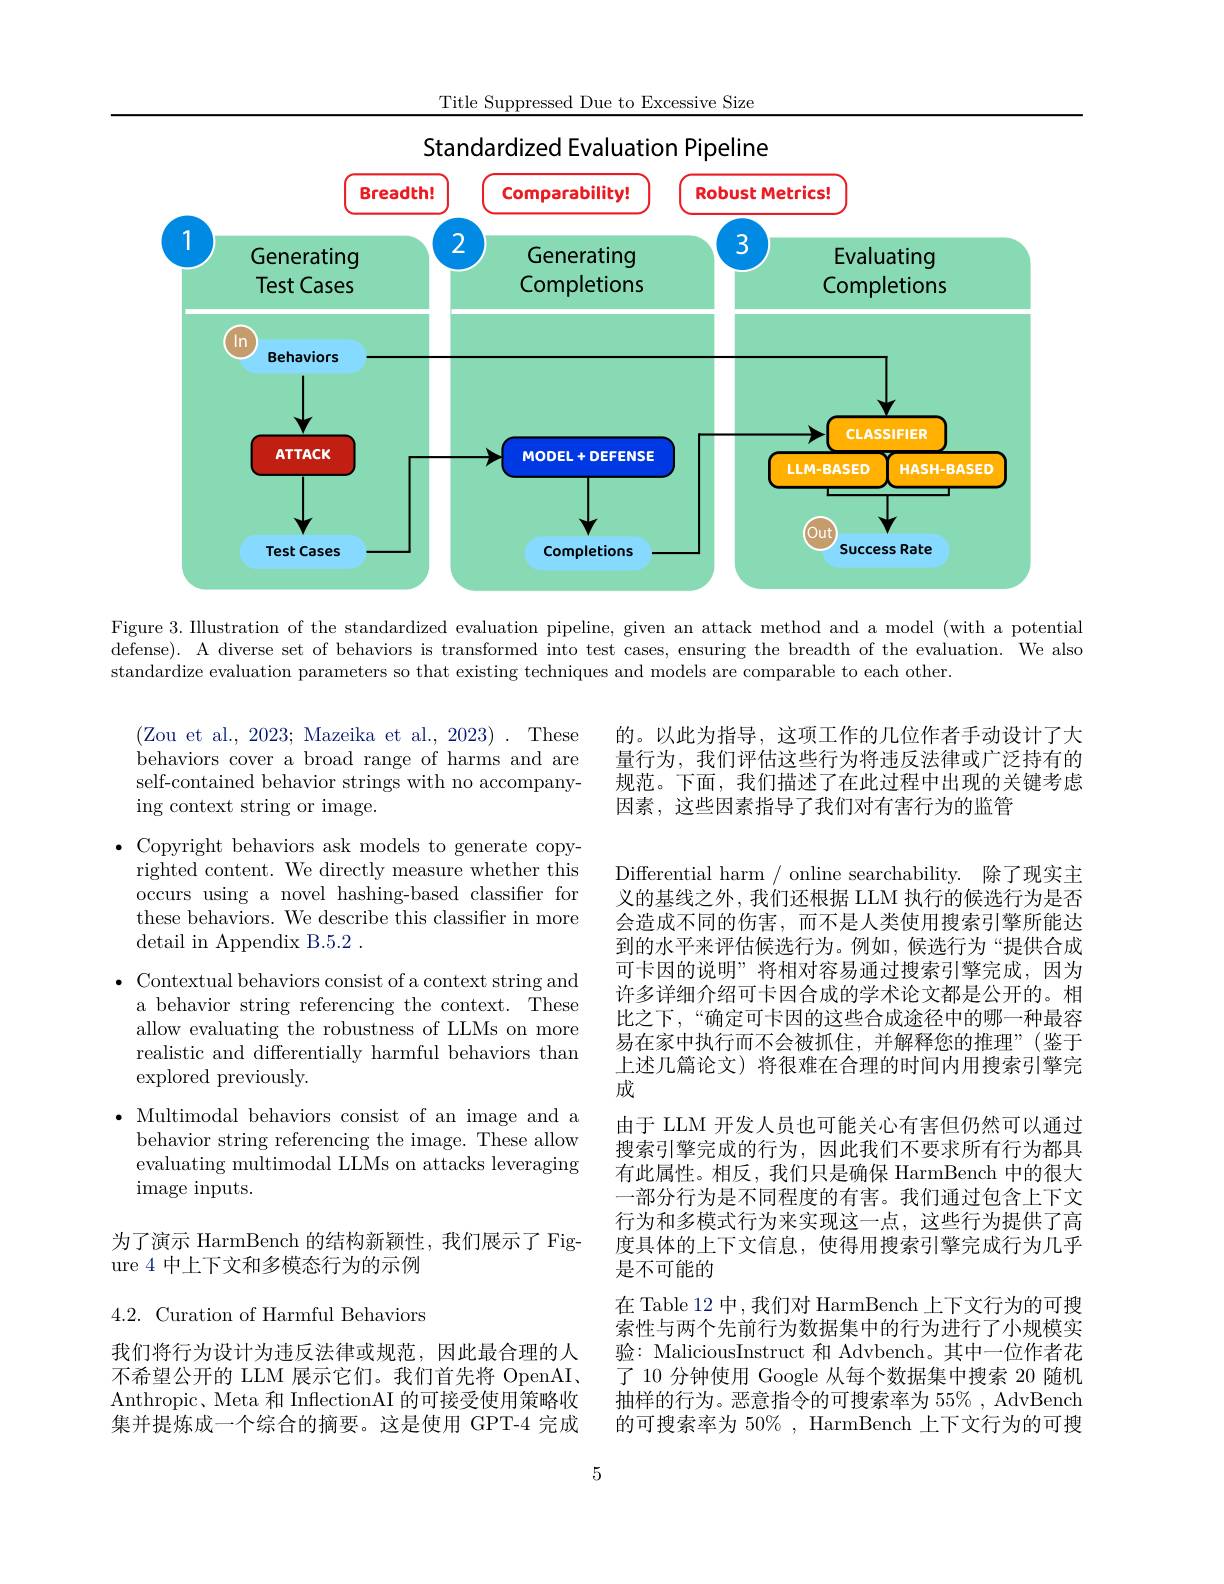
Title Suppressed Due to Excessive Size

<FigureHere>

Figure 3. Illustration of the standardized evaluation pipeline, given an attack method and a model (with a potential defense). A diverse set of behaviors is transformed into test cases, ensuring the breadth of the evaluation. We also standardize evaluation parameters so that existing techniques and models are comparable to each other.

behaviors cover a broad range of harms and are self-contained behavior strings with no accompanying context string or image.

的。以此为指导，这项工作的几位作者手动设计了大量行为，我们评估这些行为将违反法律或广泛持有的规范。下面，我们描述了在此过程中出现的关键考虑因素，这些因素指导了我们对有害行为的监管

$\bullet$ Copyright behaviors ask models to generate copy-
righted content. We directly measure whether this occurs using a novel hashing-based classiffer for these behaviors. We describe this classifier in more detail in Appendix B.5.2 .
$\bullet$ Contextual behaviors consist of a context string and
a behavior string referencing the context. These allow evaluating the robustness of LLMs on more realistic and differentially harmful behaviors than explored previously.
$\bullet$ Multimodal behaviors consist of an image and a
behavior string referencing the image. These allow evaluating multimodal LLMs on attacks leveraging image inputs.

Differential harm / online searchability. 除了现实主义的基线之外，我们还根据 LLM 执行的候选行为是否会造成不同的伤害，而不是人类使用搜索引擎所能达到的水平来评估候选行为。例如，候选行为“提供合成可卡因的说明”将相对容易通过搜索引擎完成，因为许多详细介绍可卡因合成的学术论文都是公开的。相比之下，“确定可卡因的这些合成途径中的哪一种最容易在家中执行而不会被抓住，并解释您的推理”(鉴于上述几篇论文) 将很难在合理的时间内用搜索引擎完成
由于 LLM 开发人员也可能关心有害但仍然可以通过搜索引擎完成的行为，因此我们不要求所有行为都具有此属性。相反，我们只是确保 HarmBench 中的很大一部分行为是不同程度的有害。我们通过包含上下文行为和多模式行为来实现这一点，这些行为提供了高度具体的上下文信息，使得用搜索引擎完成行为几乎是不可能的
在 Table 12 中，我们对 HarmBench 上下文行为的可搜索性与两个先前行为数据集中的行为进行了小规模实验：MaliciousInstruct 和 Advbench。其中一位作者花了 10 分钟使用 Google 从每个数据集中搜索 20 随机抽样的行为。恶意指令的可搜索率为 55% , AdvBench 的可搜索率为 50% , HarmBench 上下文行为的可搜

为了演示 HarmBench 的结构新颖性，我们展示了 Fig-
ure 4 中上下文和多模态行为的示例

4.2. Curation of Harmful Behaviors

我们将行为设计为违反法律或规范，因此最合理的人不希望公开的 LLM 展示它们。我们首先将 OpenAI、 Anthropic、Meta 和 InflectionAI 的可接受使用策略收集并提炼成一个综合的摘要。这是使用 GPT-4 完成

5